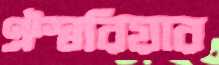
ঐশ্বরিয়ার